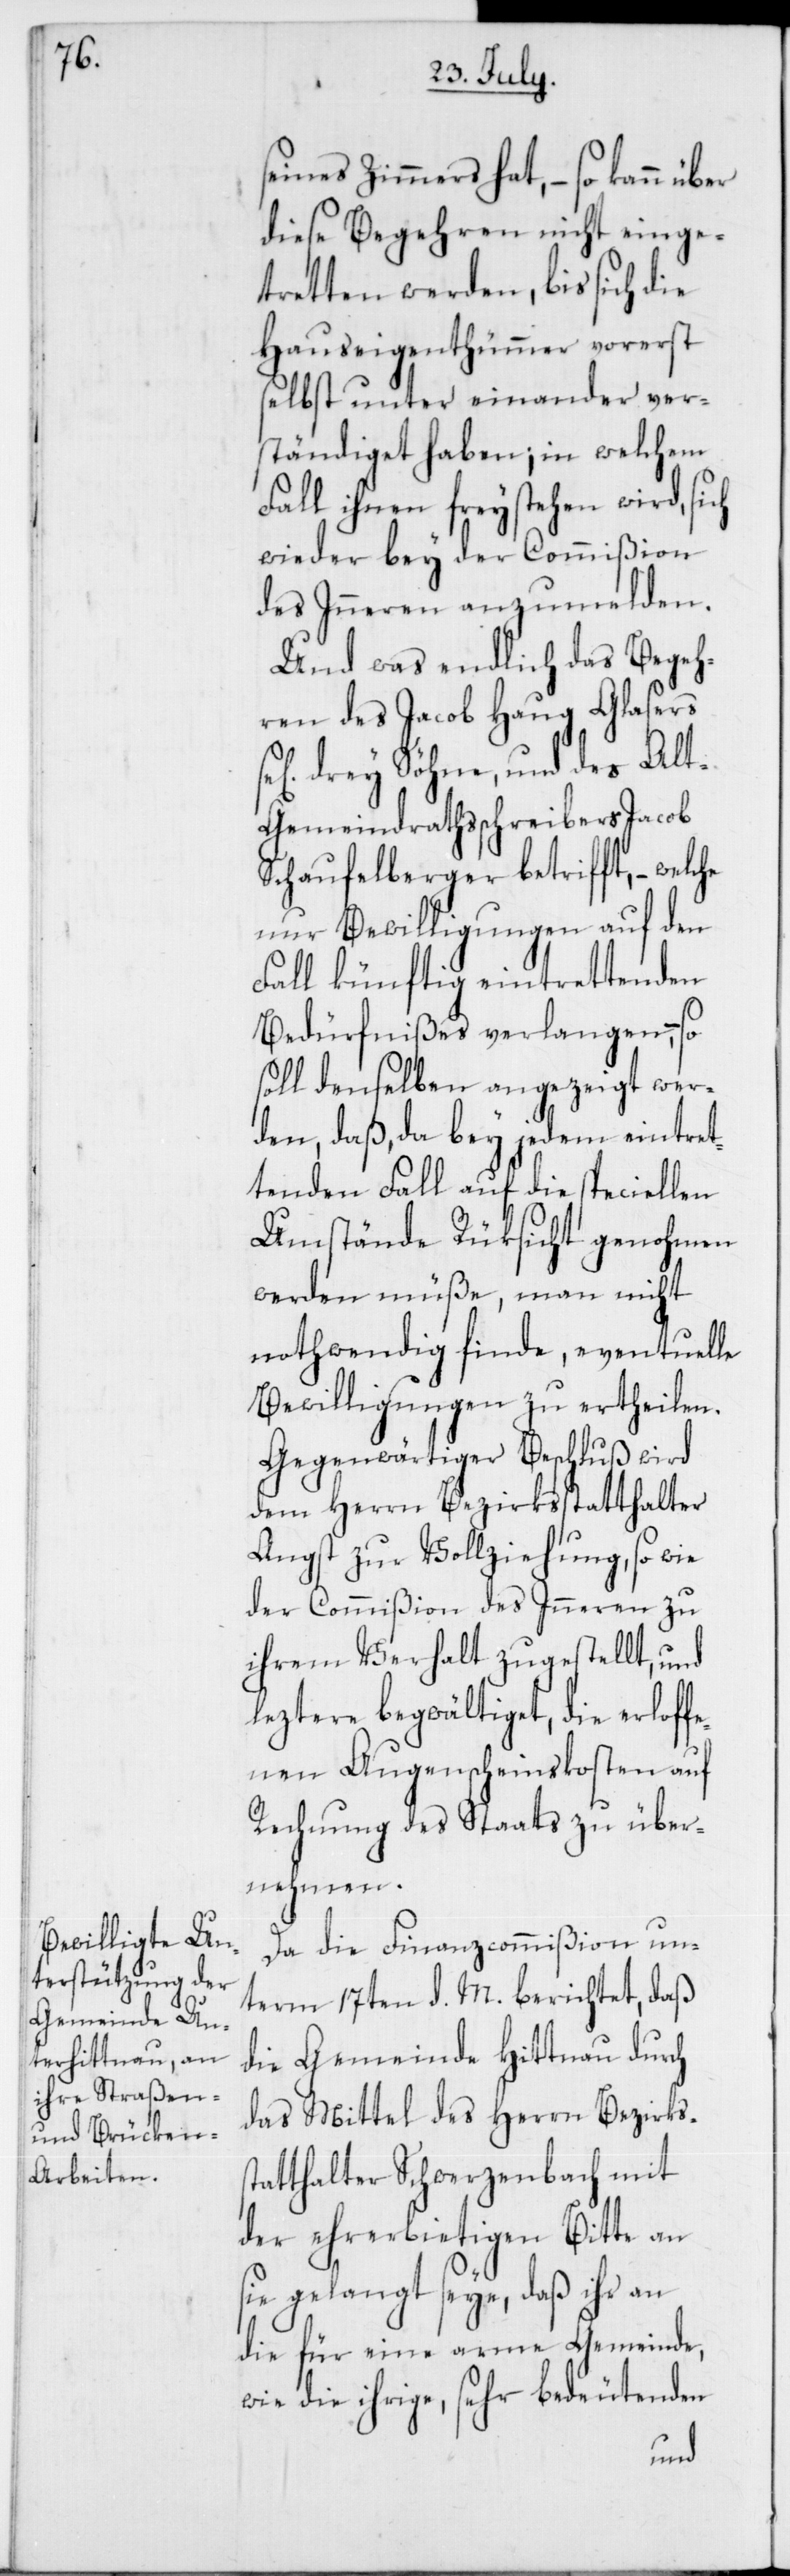
seines Zimmers hat, – so kann
diese Begehren nicht einge¬
tretten werden, bis sich die
Hauseigenthümer vorerst
selbst unter einander ver¬
ständiget haben; in welchem
Fall ihnen freystehen wird, sich
wieder bey der Commißion
des Inneren anzumelden.
Und was endlich das Begeh¬
ren des Jacob Haug Glasers
drey Söhne, und des Al¬
t-Gemeindrathsschreibers Jacob
Schaufelberger betrifft, – welche
nur Bewilligungen auf den
Fall künftig eintrettenden
Bedürfnißes verlangen –, so
soll denselben angezeigt wer¬
den, daß, da bey jedem eintret¬
tenden Fall auf die speciellen
Umstände Rücksicht genohmen
werden müße, man nicht
nothwendig finde, eventuelle
Bewilligungen zu ertheilen.
Gegenwärtiger Beschluß wird
dem Herrn Bezirksstatthalter
Angst zu Vollziehung, so wie
der Commißion des Inneren zu
ihrem Verhalt zugestellt, und
leztere begwältiget, die erloff¬
enen Augenscheinskosten auf
Rechnung des Staats zu über¬
nehmen.
Da die Finanzcommißion un¬
term 17ten d. M. berichtet, daß
die Gemeinde Hittnau durch
das Mittel des Herrn Bezirks¬
statthalter Schwerzenbach mit
der ehrerbietigen Bitte an
sie gelangt seye, daß ihr an
die für eine arme Gemeinde,
wie die ihrige, sehr bedeutenden